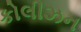
કોલીઝન